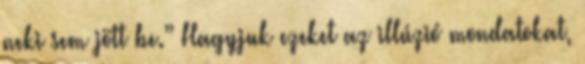
neki sem jött be.” Hagyjuk ezeket az illúzió mondatokat,